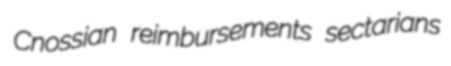
Cnossian reimbursements sectarians